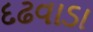
દઢવાડા